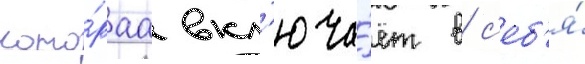
кото́раа вкл'юча́ет в с'еб'я́